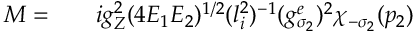
\begin{array} { r l r } { { \cal M } = } & { { } } & { i g _ { Z } ^ { 2 } ( 4 E _ { 1 } E _ { 2 } ) ^ { 1 / 2 } ( l _ { i } ^ { 2 } ) ^ { - 1 } ( g _ { \sigma _ { 2 } } ^ { e } ) ^ { 2 } \chi _ { - \sigma _ { 2 } } ( p _ { 2 } ) } \end{array}